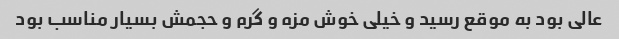
عالی بود به موقع رسید و خیلی خوش مزه و گرم و حجمش بسیار مناسب بود